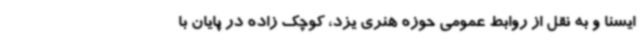
ایسنا و به نقل از روابط عمومی حوزه هنری یزد، کوچک زاده در پایان با